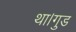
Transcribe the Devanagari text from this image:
था।गुड